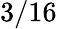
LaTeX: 3/16